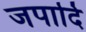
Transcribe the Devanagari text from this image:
जपादि